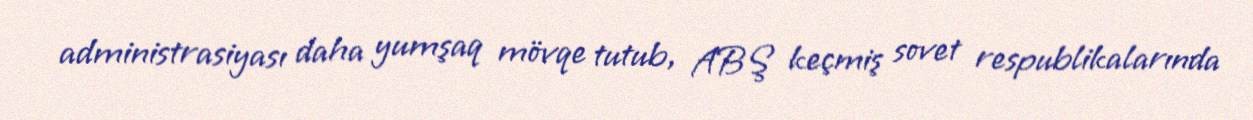
administrasiyası daha yumşaq mövqe tutub, ABŞ keçmiş sovet respublikalarında